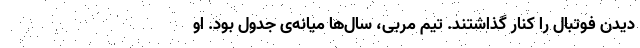
دیدن فوتبال را کنار گذاشتند. تیم مربی، سال‌ها میانه‌ی جدول بود. او